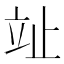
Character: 𣥢